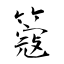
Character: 簆